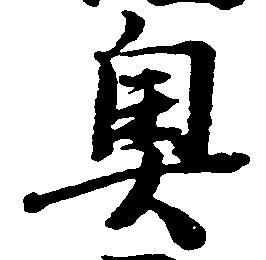
奥